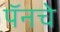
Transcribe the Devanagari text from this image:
पॅनचे